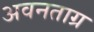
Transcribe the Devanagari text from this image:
अवनताग्र